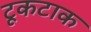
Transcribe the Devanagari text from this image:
टूकटाक